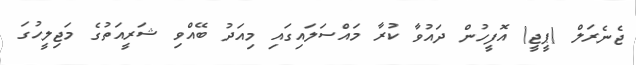
ޖެނެރަލް (ޕީޖީ) އޮފީހުން ދައުވާ ކުރާ މައްސަލައިގައި މިއަދު ބޭއްވި ޝަރީއަތުގެ މަޖިލީހުގަ